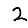
Digit: 2